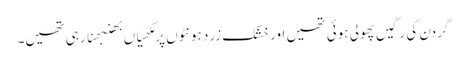
گردن کی رگیں پھولی ہوئی تھیں اور خشک زرد ہونٹوں پر مکھّیاں بِھنبھِنا رہی تھیں۔